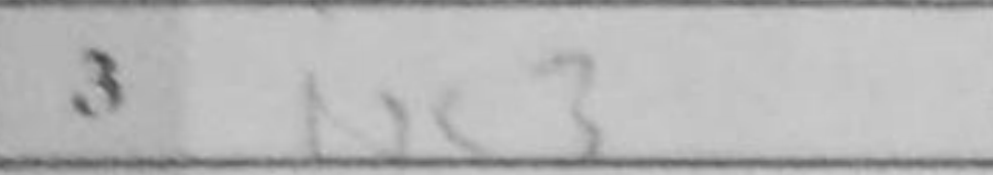
Transcription: Nc3